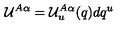
{ \mathcal U } ^ { A \alpha } = { \mathcal U } _ { u } ^ { A \alpha } ( q ) d q ^ { u }